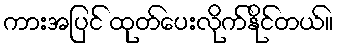
ကားအပြင် ထုတ်ပေးလိုက်နိုင်တယ်။